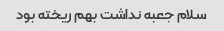
سلام جعبه نداشت بهم ریخته بود